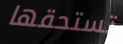
تستحقها